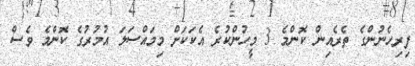
ފިރިހެނުންގެ ތެރެއިން ކޮންމެ 3 މީހުންކުރެ އެކަކަށް މިމައްސަލަ އުމުރުގެ ކޮންމެ ވެސް